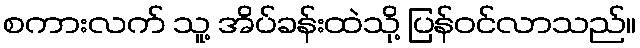
စကားလက် သူ့ အိပ်ခန်းထဲသို့ ပြန်ဝင်လာသည်။